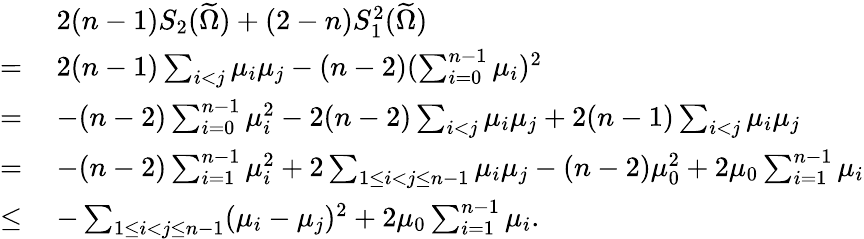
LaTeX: \begin{array}{rl}&{\: 2(n-1)S_{2}(\widetilde{\Omega})+(2-n)S_{1}^{2}(\widetilde{\Omega})}\\ {=}&{\: 2(n-1)\sum_{i<j}\mu_{i}\mu_{j}-(n-2)(\sum_{i=0}^{n-1}\mu_{i})^{2}}\\ {=}&{\: -(n-2)\sum_{i=0}^{n-1}\mu_{i}^{2}-2(n-2)\sum_{i<j}\mu_{i}\mu_{j}+2(n-1)\sum_{i<j}\mu_{i}\mu_{j}}\\ {=}&{\: -(n-2)\sum_{i=1}^{n-1}\mu_{i}^{2}+2\sum_{1\leq i<j\leq n-1}\mu_{i}\mu_{j}-(n-2)\mu_{0}^{2}+2\mu_{0}\sum_{i=1}^{n-1}\mu_{i}}\\ {\leq}&{\: -\sum_{1\leq i<j\leq n-1}(\mu_{i}-\mu_{j})^{2}+2\mu_{0}\sum_{i=1}^{n-1}\mu_{i}.}\end{array}